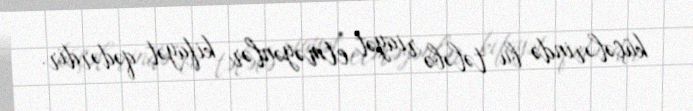
küçələrində bu tələbə riayət etməyənlər kifayət qədərdir.